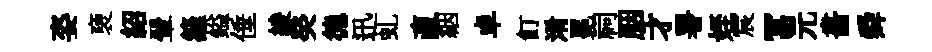
姿褏紹翬籬鎰倕綾癸德迅虬直絪卓飣淆冕祠胭才署姪宸冨元畵舜